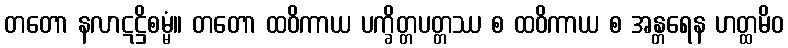
တတော နလာဋဋ္ဌိစမ္မံ။ တတော ထဝိကာယ ပက္ခိတ္တပတ္တဿ စ ထဝိကာယ စ အန္တရေန ဟတ္ထမိဝ